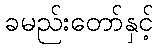
ခမည်းတော်နှင့်